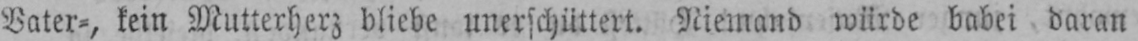
Vater-, kein Mutterherz bliebe unerschüttert. Niemand würde babei daran